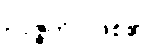
ဥပ္ပဇ္ဇတိ၊ ဖြစ်၏။